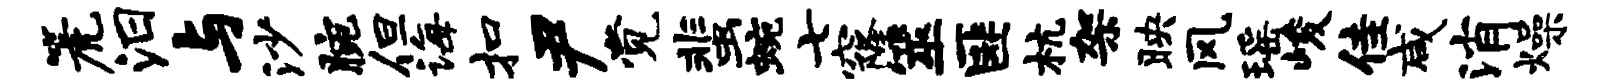
篪汨与沙腕但诲扣尹觉蜚蜿七窿筮匪杭架映风瑶峻佳咸消燥